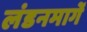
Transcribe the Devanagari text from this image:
लंडनमार्गे